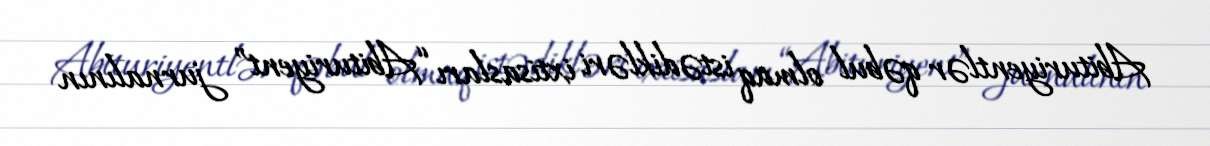
Abituriyentlər qəbul olmaq istədikləri ixtisasları “Abituriyent” jurnalının